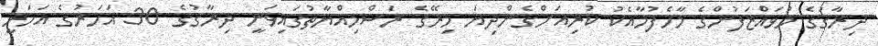
ދިރާގުގެ މުވައްޒަފުންގެ މާހެފުމާއެކު ކުރިއަށްގެންދިޔަ މިރޭގެ ރަސްމިއްޔާތުގައިވަނީ ދިރާގުގެ 30 އަހަރުގެ އަހަރީ